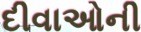
દીવાઓની